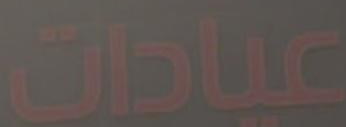
عبادات